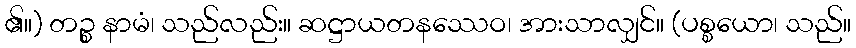
၏။) တဉ္စ နာမံ၊ သည်လည်း။ ဆဋ္ဌာယတနဿေဝ၊ အားသာလျှင်။ (ပစ္စယော၊ သည်။